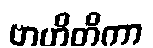
ဗာဟိတိကာ